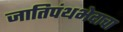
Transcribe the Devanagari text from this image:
जातिपंथभेदाचा